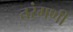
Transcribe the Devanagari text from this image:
तरंगणी